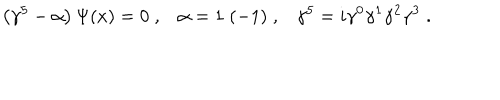
\left( \gamma ^ { 5 } - \alpha \right) \Psi ( x ) = 0 \; , \alpha = 1 \; ( - 1 ) \; , \gamma ^ { 5 } = i \gamma ^ { 0 } \gamma ^ { 1 } \gamma ^ { 2 } \gamma ^ { 3 } \; .